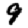
Digit: 9